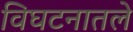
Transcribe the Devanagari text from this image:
विघटनातले